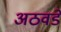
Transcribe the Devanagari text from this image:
अठवडे